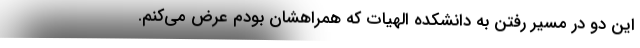
این دو در مسیر رفتن به دانشکده الهیات که همراهشان بودم عرض می‌کنم.